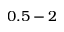
0 . 5 - 2